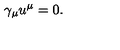
\gamma _ { \mu } u ^ { \mu } = 0 .